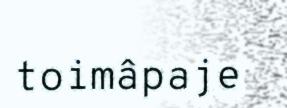
toimâpaje